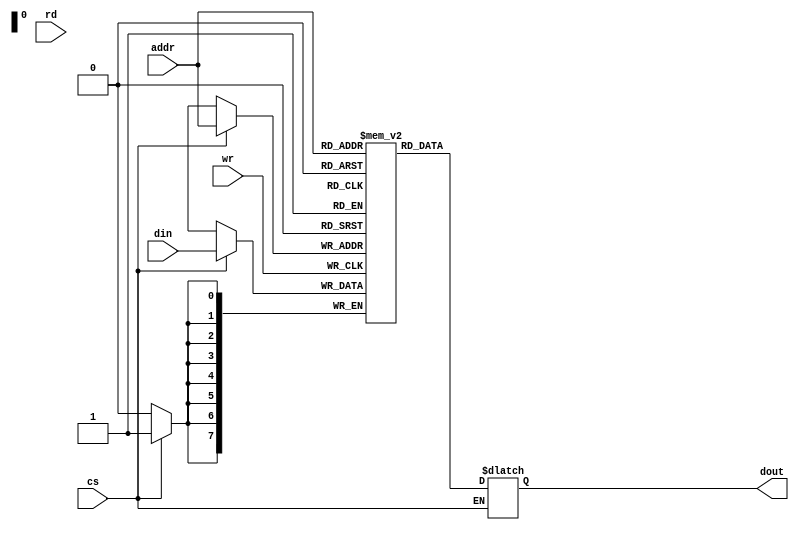
module sram(output reg[7:0] dout, input[7:0] din, addr, input wr, rd, cs);
  
  reg[7:0] data[255:0];
  
  always @(posedge wr)
  begin
    if (cs == 1)
      begin
        data[addr] = din;
      end
  end
  
  always @(~rd)
  begin
    if (cs == 1)
      begin
        dout = data[addr];
      end
  end
  
endmodule